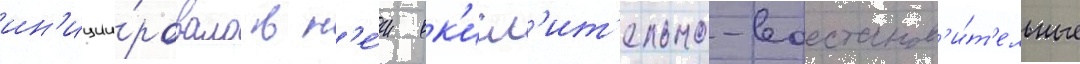
ин'иции́ровало в н'е́м ок'исл'ит'ельно-восстанов'и́т'ельные